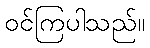
ဝင်ကြပါသည်။